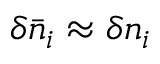
\delta \bar { n } _ { i } \approx \delta n _ { i }